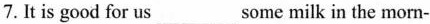
7.It is good for us___some milk in the morn-